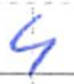
Text: 4
Cross-out: clean
Writing tool: ballpoint